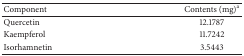
| Component | Contents (mg)a |
 | --- | --- |
 | Quercetin | 12.1787 |
 | Kaempferol | 11.7242 |
 | Isorhamnetin | 3.5443 |